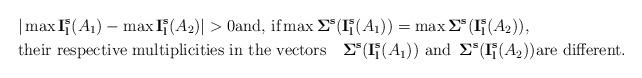
LaTeX: \begin{align*}&\vert \max {\bf I_l^s}(A_1)-\max {\bf I_l^s}(A_2)\vert >0 \hbox{and, if} \max {\bf \Sigma^s}({\bf I_l^s}(A_1))=\max {\bf \Sigma^s}({\bf I_l^s}(A_2)),\\ &\hbox{their respective multiplicities in the vectors}\quad{\bf \Sigma^s}({\bf I_l^s}(A_1))\,\,\hbox{and}\,\,\, {\bf \Sigma^s}({\bf I_l^s}(A_2)) \hbox{are different.}\end{align*}